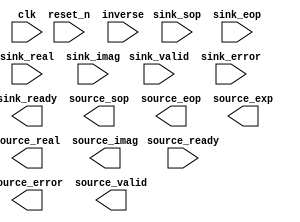
// Generated by FFT 9.0 [Altera, IP Toolbench 1.3.0 Build 132]
// ************************************************************
// THIS IS A WIZARD-GENERATED FILE. DO NOT EDIT THIS FILE!
// ************************************************************
// Copyright (C) 1991-2009 Altera Corporation
// Any megafunction design, and related net list (encrypted or decrypted),
// support information, device programming or simulation file, and any other
// associated documentation or information provided by Altera or a partner
// under Altera's Megafunction Partnership Program may be used only to
// program PLD devices (but not masked PLD devices) from Altera.  Any other
// use of such megafunction design, net list, support information, device
// programming or simulation file, or any other related documentation or
// information is prohibited for any other purpose, including, but not
// limited to modification, reverse engineering, de-compiling, or use with
// any other silicon devices, unless such use is explicitly licensed under
// a separate agreement with Altera or a megafunction partner.  Title to
// the intellectual property, including patents, copyrights, trademarks,
// trade secrets, or maskworks, embodied in any such megafunction design,
// net list, support information, device programming or simulation file, or
// any other related documentation or information provided by Altera or a
// megafunction partner, remains with Altera, the megafunction partner, or
// their respective licensors.  No other licenses, including any licenses
// needed under any third party's intellectual property, are provided herein.

module fft (
	clk,
	reset_n,
	inverse,
	sink_valid,
	sink_sop,
	sink_eop,
	sink_real,
	sink_imag,
	sink_error,
	source_ready,
	sink_ready,
	source_error,
	source_sop,
	source_eop,
	source_valid,
	source_exp,
	source_real,
	source_imag);

	input		clk;
	input		reset_n;
	input		inverse;
	input		sink_valid;
	input		sink_sop;
	input		sink_eop;
	input	[15:0]	sink_real;
	input	[15:0]	sink_imag;
	input	[1:0]	sink_error;
	input		source_ready;
	output		sink_ready;
	output	[1:0]	source_error;
	output		source_sop;
	output		source_eop;
	output		source_valid;
	output	[5:0]	source_exp;
	output	[15:0]	source_real;
	output	[15:0]	source_imag;
endmodule